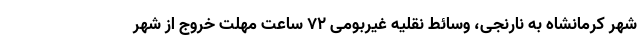
شهر کرمانشاه به نارنجی، وسائط نقلیه غیربومی ۷۲ ساعت مهلت خروج از شهر